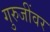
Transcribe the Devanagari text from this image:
गुरुजींवर